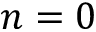
n = 0